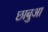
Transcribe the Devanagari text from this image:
छाबुआ